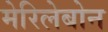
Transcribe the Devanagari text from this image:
मेरिलेबोन